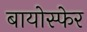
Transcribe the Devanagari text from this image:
बायोस्फेर